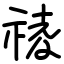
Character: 祾